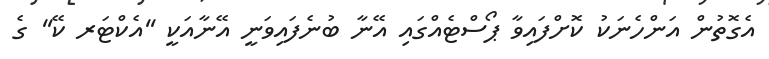
އެގޮތުން އަންހެނަކު ކޮށްފައިވާ ޕޯސްޓެއްގައި އޭނާ ބުނެފައިވަނީ އޭނާއަކީ ''އެކްޓަރ ކޭ'' ގެ